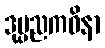
ဒုပ္ပညကဝိနာ